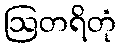
ဩတရိတုံ